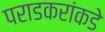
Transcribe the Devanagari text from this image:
पराडकरांकडे